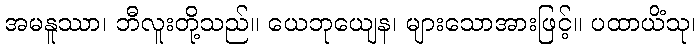
အမနူဿာ၊ ဘီလူးတို့သည်။ ယေဘုယျေန၊ များသောအားဖြင့်။ ပထာယိံသု၊